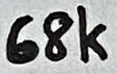
Text: 68K